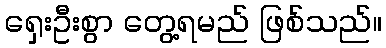
ရှေးဦးစွာ တွေ့ရမည် ဖြစ်သည်။